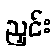
ညှင်း